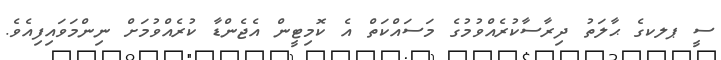
ސީ ޕލކގެ ޙާލަތު ދިރާސާކުރެއްވުމުގެ މަސައްކަތް އެ ކޮމިޓީން އެޖެންޑާ ކުރެއްވުމަށް ނިންމަވައިފިއެވެ.